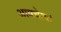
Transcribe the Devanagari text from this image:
आमचेत्यां